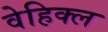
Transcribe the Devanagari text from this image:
वेहिक्ल